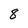
Character: 8